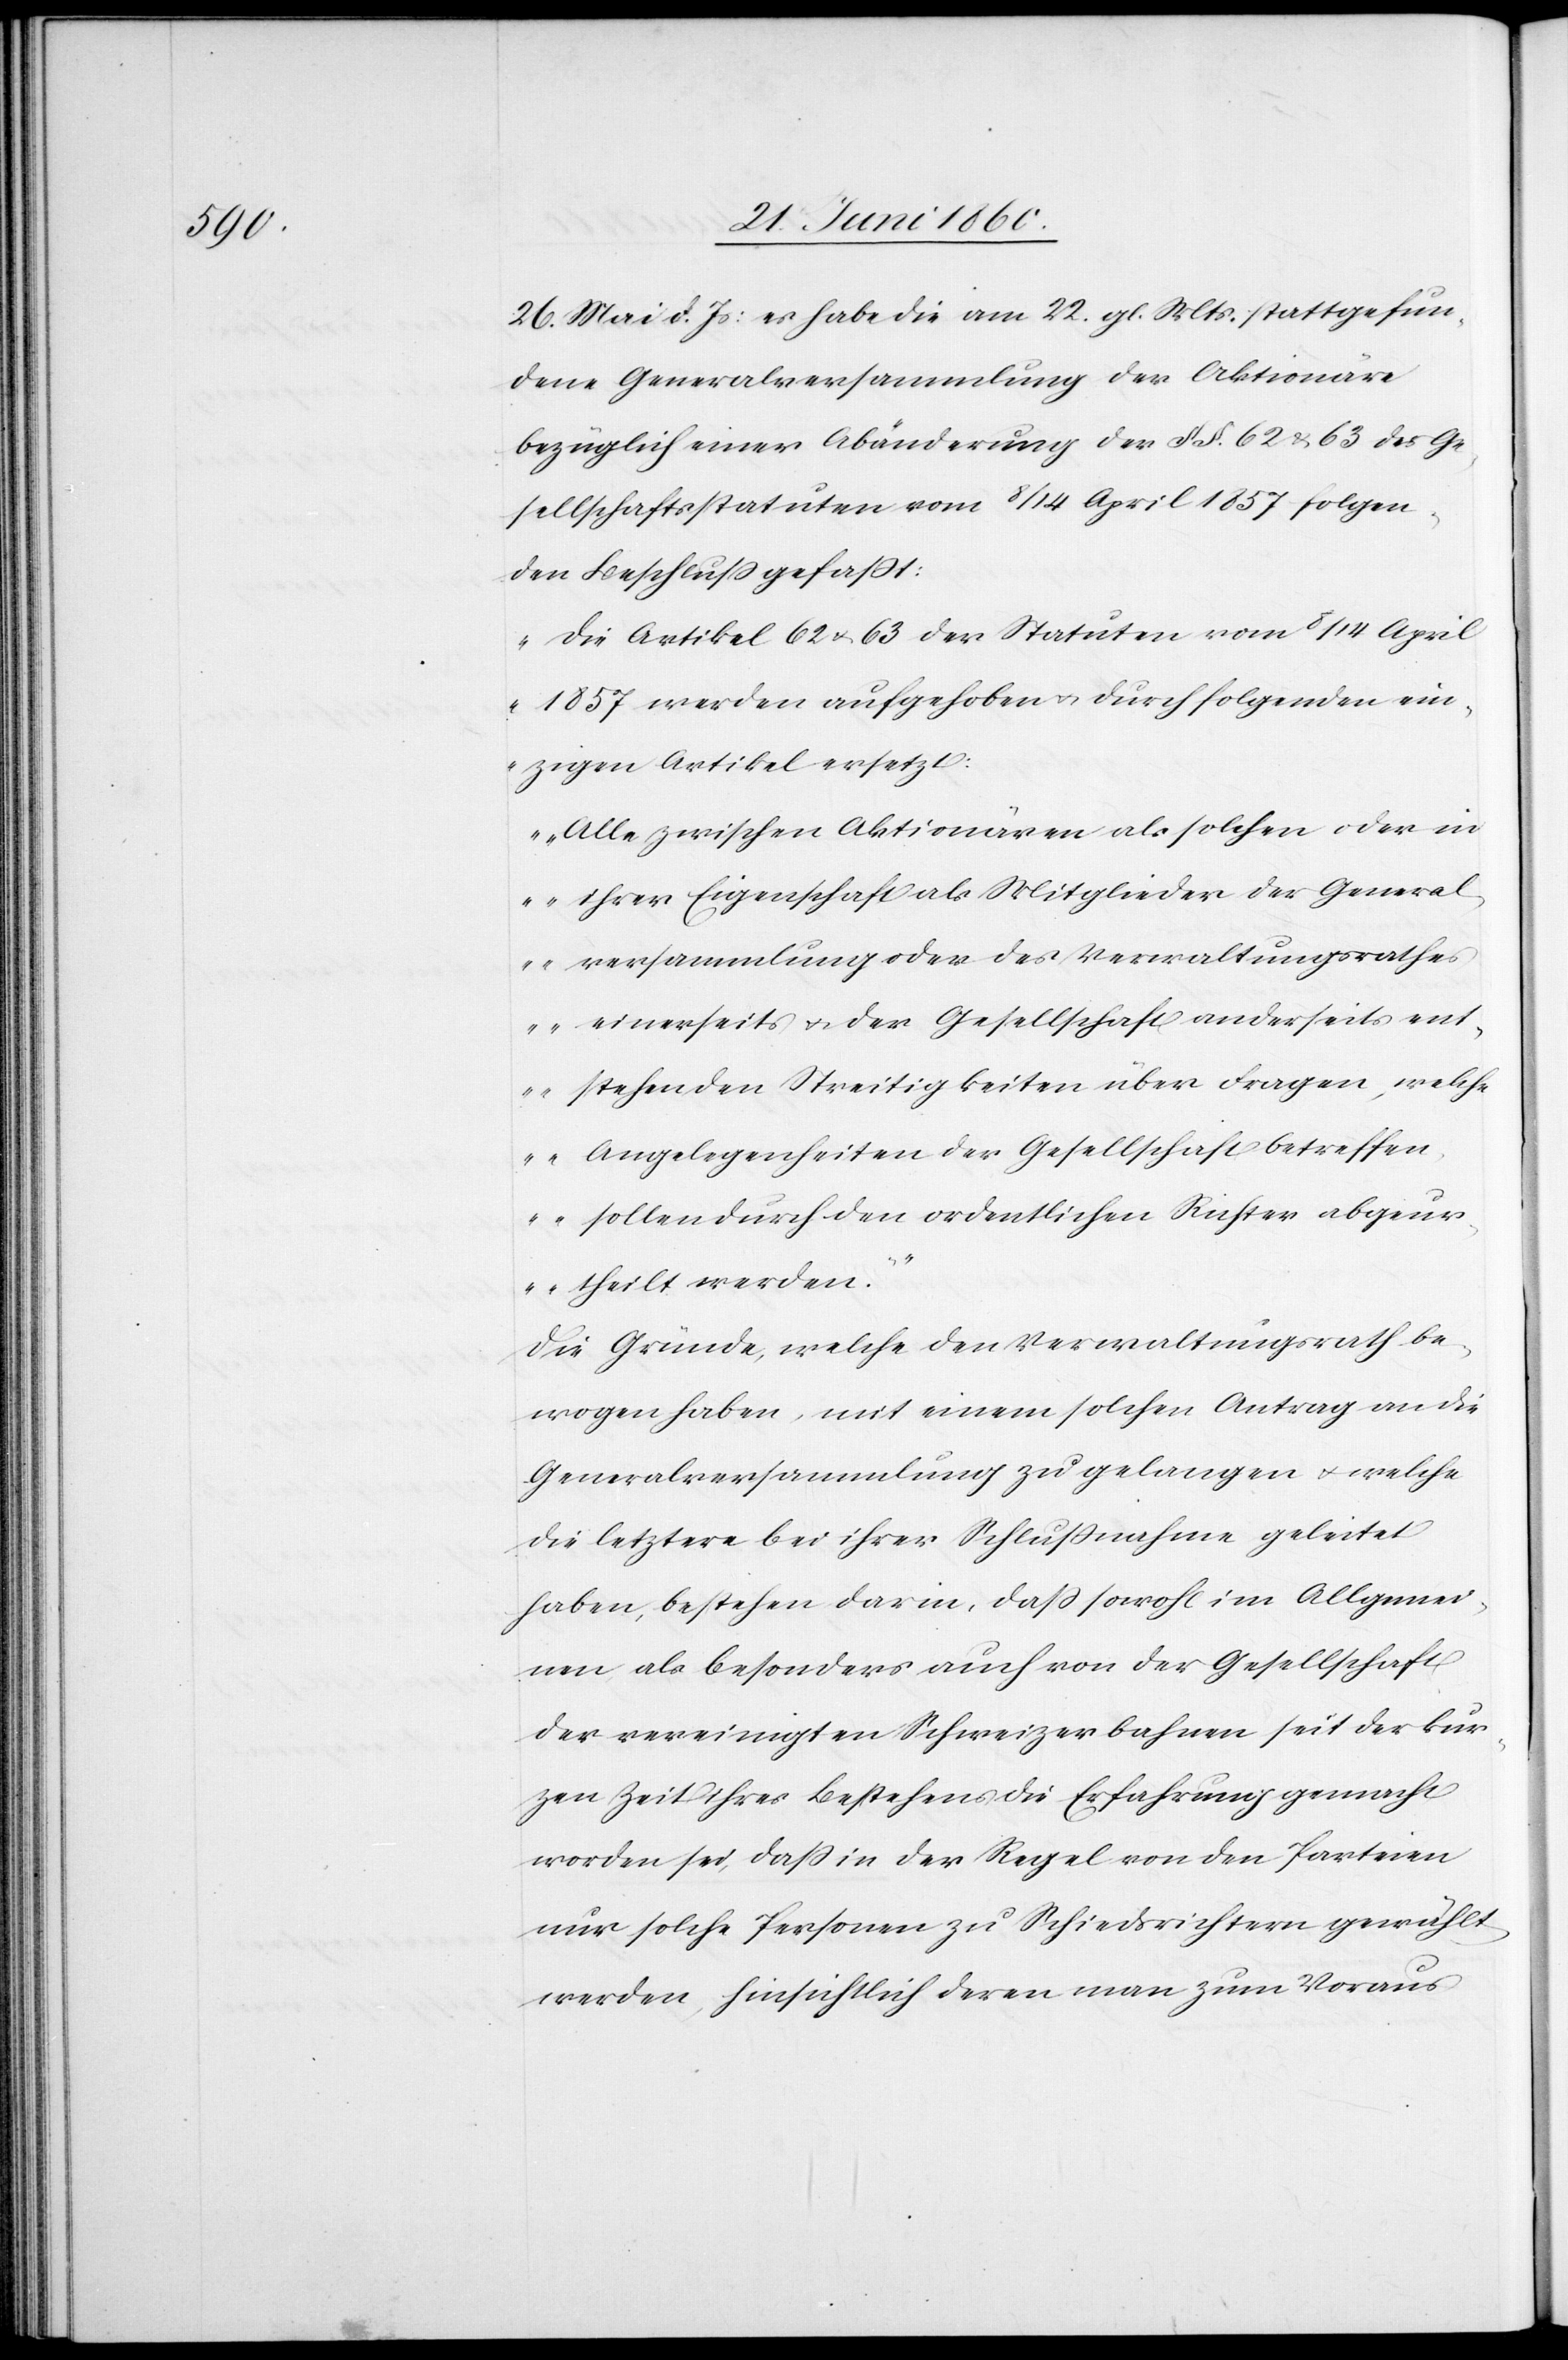
26. Mai d. Js: es habe die am 22. gl. Mts. stattgefun¬
dene Generalversammlung der Aktionäre
bezüglich einer Abänderung der §§. 62 u. 63 der Ge¬
sellschaftsstatuten vom 8/14 April 1857 folgen¬
den Beschluss gefasst:
„Die Artikel 62 u. 63 der Statuten vom 8/14 April
1857 werden aufgehoben u. durch folgenden ein¬
zigen Artikel ersetzt:
Alle zwischen Aktionären als solchen oder in
ihrer Eigenschaft als Mitglieder der General¬
versammlung oder des Verwaltungsrathe¬
s einerseits u. der Gesellschaft anderseits ent¬
stehenden Streitigkeiten über Fragen, welche
Angelegenheiten der Gesellschaft betreffen
sollen durch den ordentlichen Richter abgeur¬
theilt werden.“
Die Gründe, welche den Verwaltungsrath be¬
wogen haben, mit einem solchen Antrag an die
Generalversammlung zu gelangen u. welche
die letztere bei ihrer Schlussnahme geleitet
haben, bestehen darin, dass sowohl im Allgemei¬
nen als besonders auch von der Gesellschaft
der vereinigten Schweizerbahnen seit der kur¬
zen Zeit ihres Bestehens die Erfahrung gemacht
worden sei, dass in der Regel von den Parteien
nur solche Personen zu Schiedsrichtern gewählt
werden, hinsichtlich deren man zum Voraus